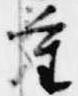
重